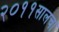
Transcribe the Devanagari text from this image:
२०११सालचा